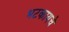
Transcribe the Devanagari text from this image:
भटकायचे